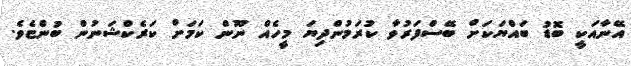
އޭނާއަކީ ބޮޑު ބައްޔަކަށް ބޭސްފަރުވާ ކުރަމުންދިޔަ މީހެއް ނޫން ކަމަށް ކަރެކްޝަނުން ބުންޏެވެ.